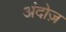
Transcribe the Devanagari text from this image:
अंदोज़